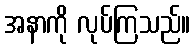
အနာကို လုပ်ကြသည်။